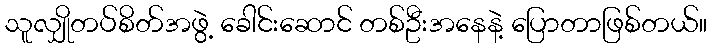
သူလျှိုတပ်စိတ်အဖွဲ့ ခေါင်းဆောင် တစ်ဦးအနေနဲ့ ပြောတာဖြစ်တယ်။